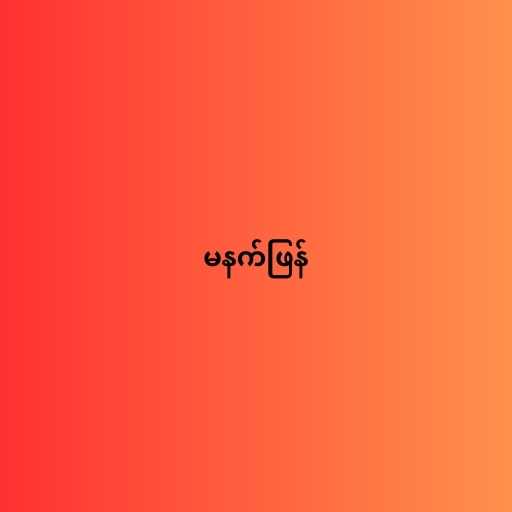
မနက်ဖြန်